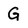
Character: G